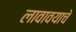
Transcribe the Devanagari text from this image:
लावावयाचे